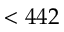
< 4 4 2